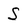
Character: S